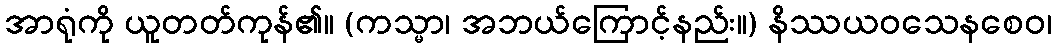
အာရုံကို ယူတတ်ကုန်၏။ (ကသ္မာ၊ အဘယ်ကြောင့်နည်း။) နိဿယဝသေနစေဝ၊